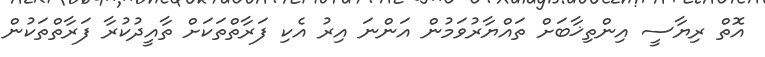
އޮތް ރިޔާސީ އިންތިޚާބަށް ތައްޔާރުވަމުން އަންނަ އިރު އެކި ފަރާތްތަކަށް ތާއީދުކުރާ ފަރާތްތަކުން